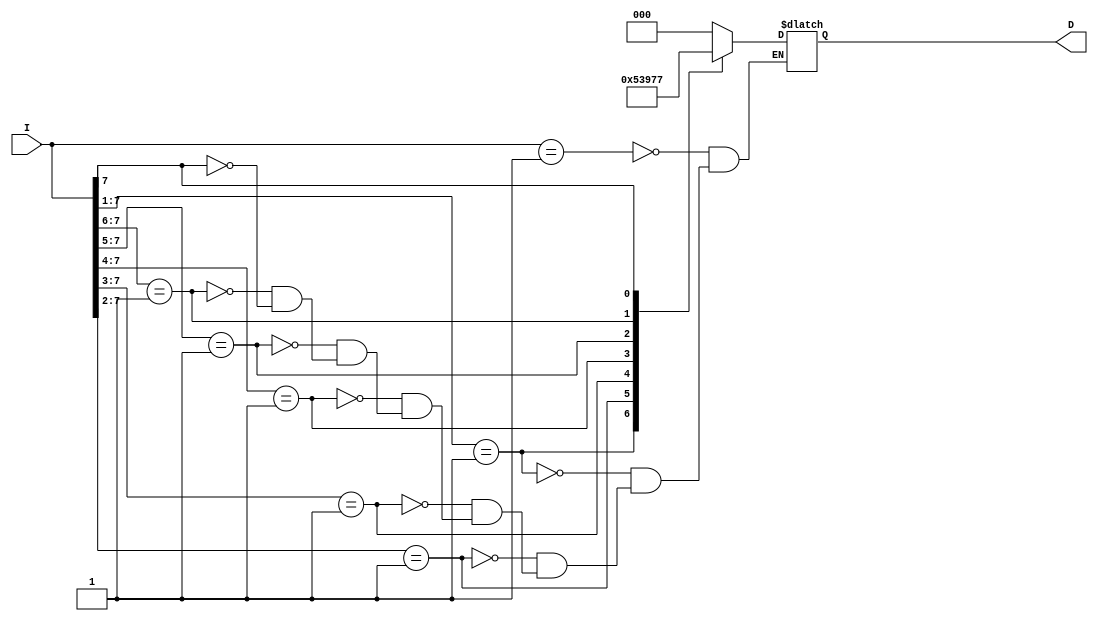
module pri_en_behav_case(I,D);
input [7:0]I;
output reg [2:0]D;

always@(I)
begin
casex({I})
8'b00000001: D=3'b000;
8'b0000001x: D=3'b001;
8'b000001xx: D=3'b010;
8'b00001xxx: D=3'b011;
8'b0001xxxx: D=3'b100;
8'b001xxxxx: D=3'b101;
8'b01xxxxxx: D=3'b110;
8'b1xxxxxxx: D=3'b111;
default $monitor("idle");
endcase
end
endmodule